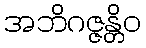
အဘိဂဇ္ဇန္တိဝ